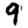
Digit: 9